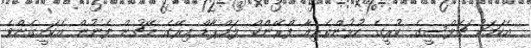
އެކަމަކު ޗެލްސީގެ ކުރީގެ ކުޅުންތެރިއާ ފްރޭންކް ލަމްޕާޑް މިރޭގެ މެޗުން ފެނުން އެކަށީގެންވެ